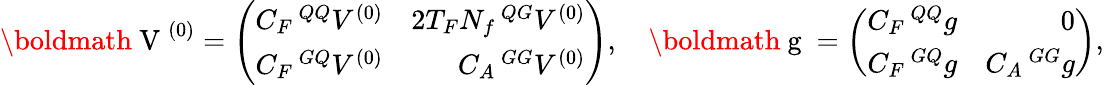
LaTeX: \mathrm{\boldmath~V~}^{(0)}=\left(\begin{array}{rr}{{C_{F}\, {^{QQ}V^{(0)}}}}&{{2T_{F}N_{f}\, {^{QG}V^{(0)}}}}\\ {{C_{F}\, {^{GQ}V^{(0)}}}}&{{C_{A}\, {^{GG}V^{(0)}}}}\end{array}\right),\quad\mathrm{\boldmath~g~}=\left(\begin{array}{rr}{{C_{F}\, {^{QQ}g}}}&{{0}}\\ {{C_{F}\, {^{GQ}g}}}&{{C_{A}\, {^{GG}g}}}\end{array}\right),